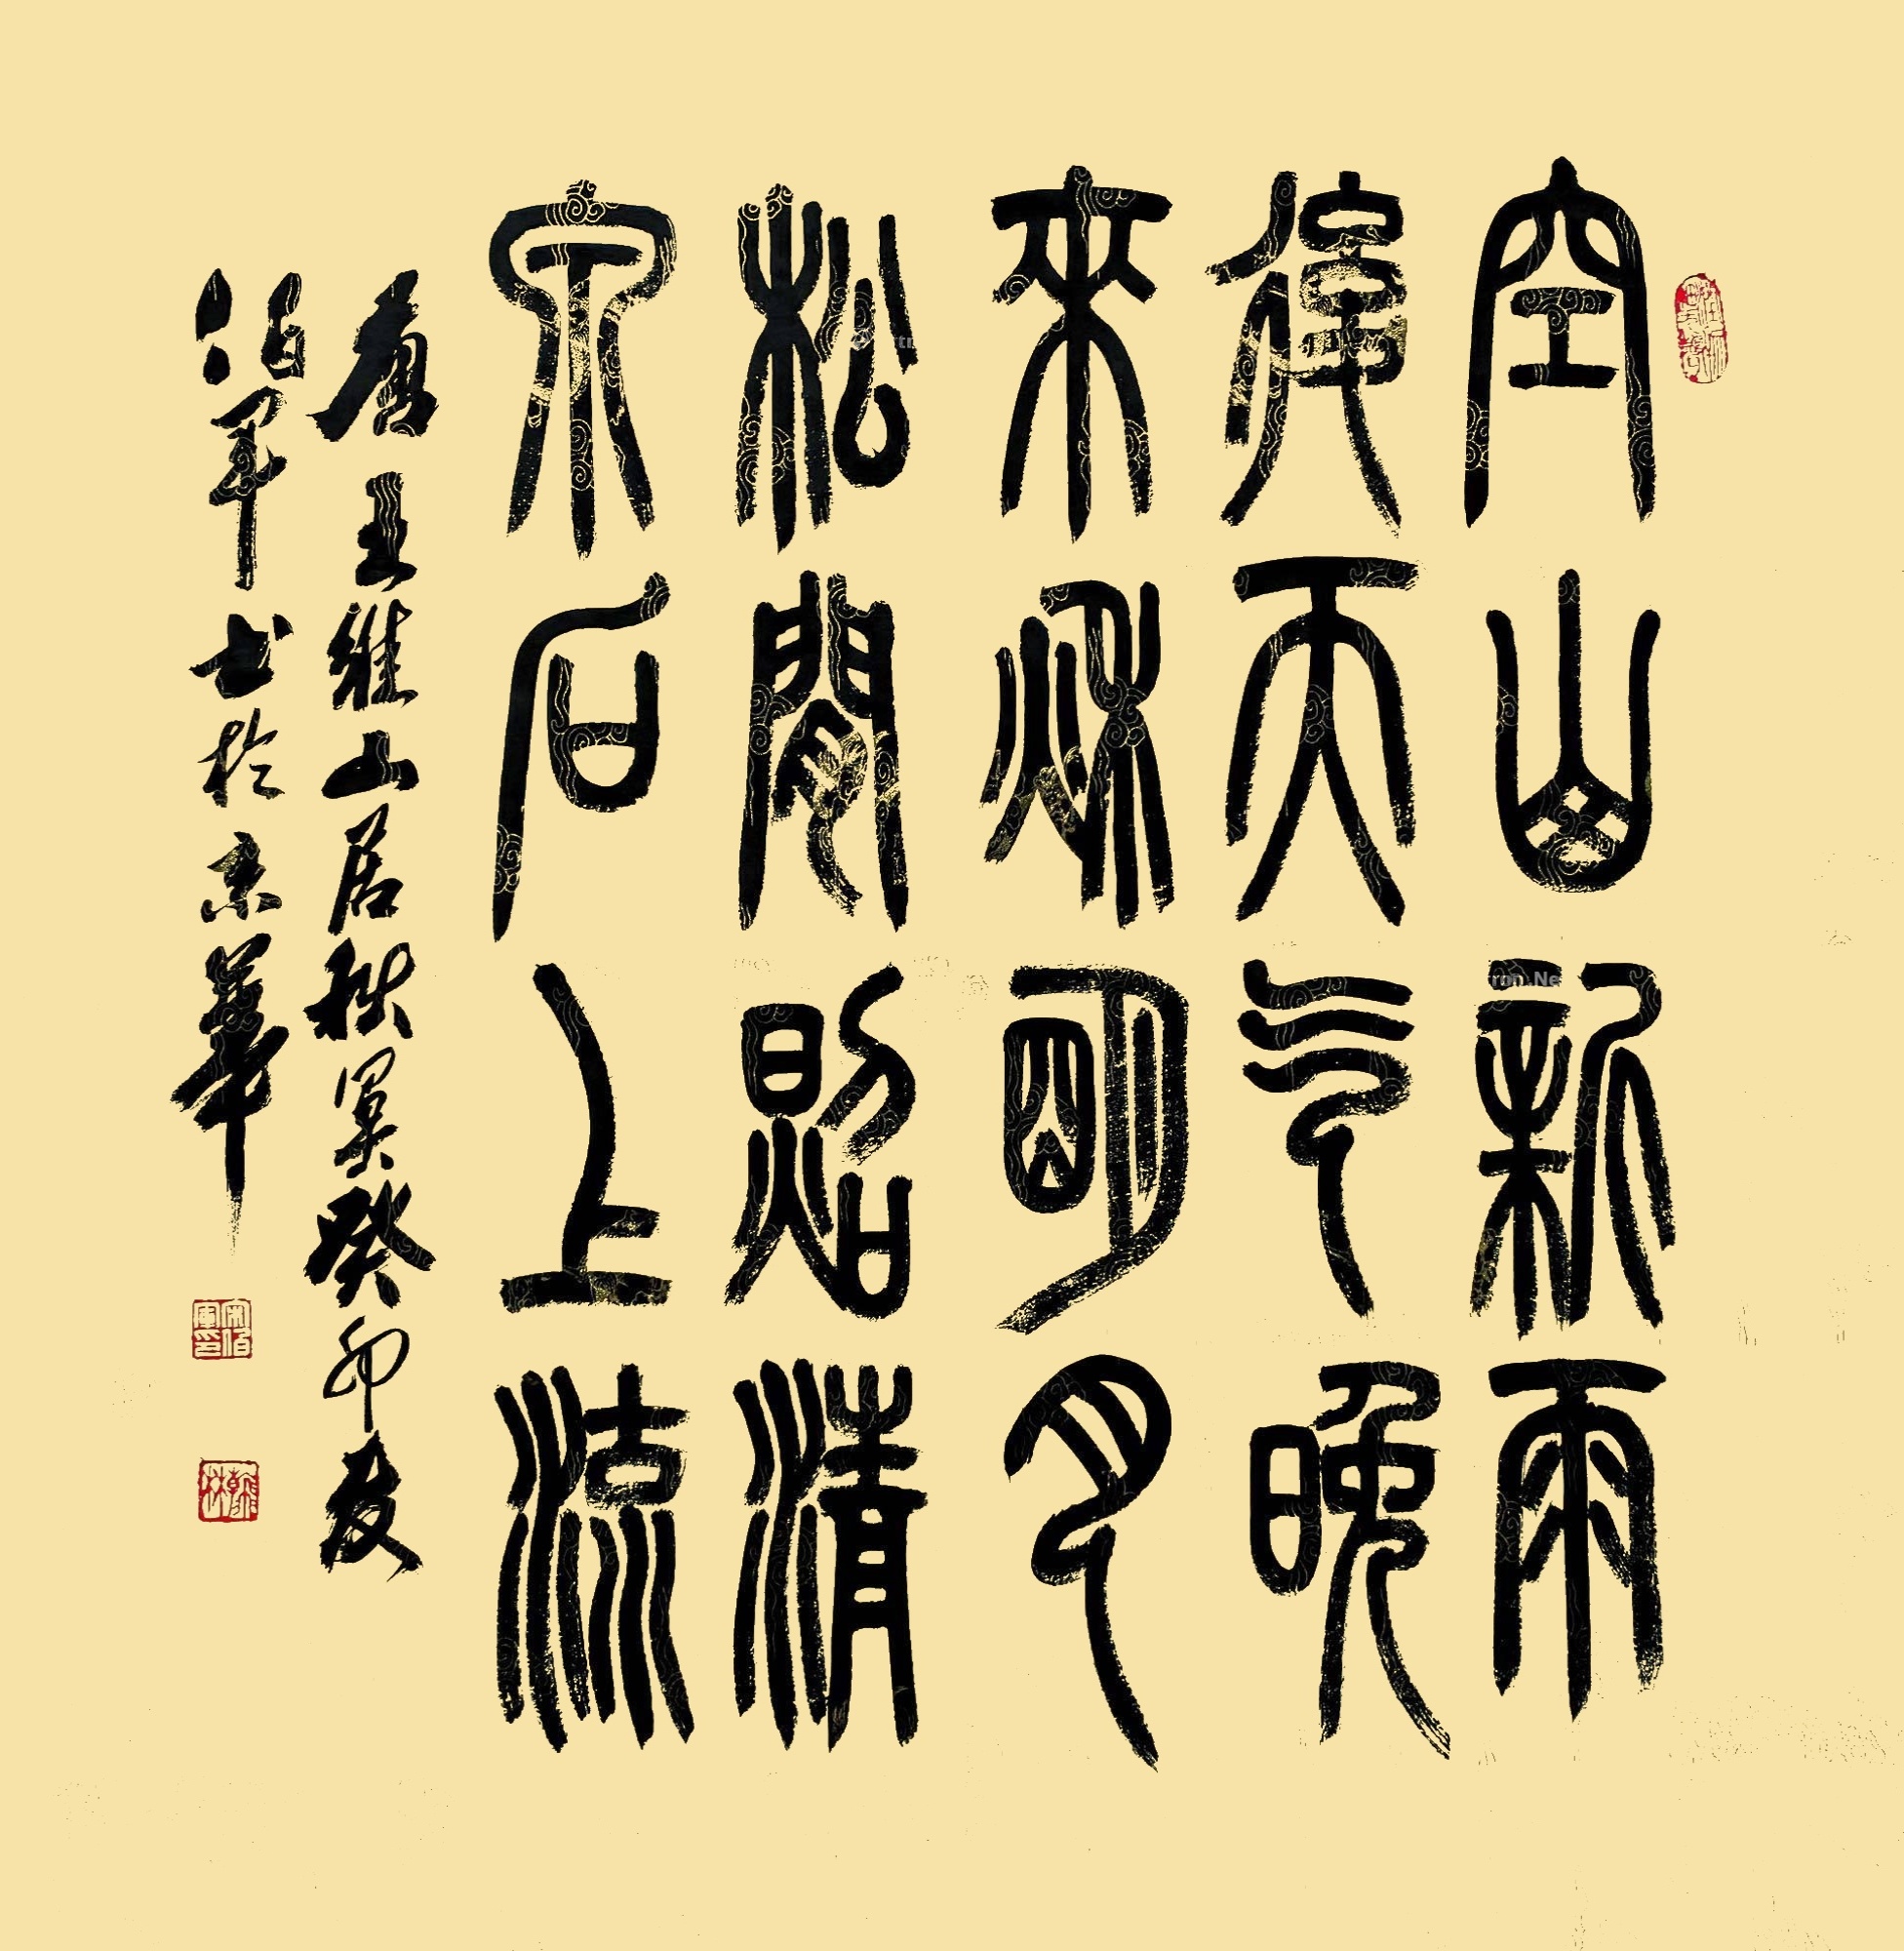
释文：空山新雨后，天气晚来秋。明月松间照，清泉石上流。竹喧归浣女，莲动下渔舟。随意春芳歇，王孙自可留。